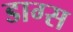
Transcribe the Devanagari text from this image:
डाग्स